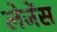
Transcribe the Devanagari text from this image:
लेजेंस